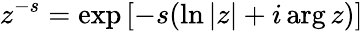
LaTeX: z^{-s}=\exp\left[-s(\ln|z|+i\arg z)\right]